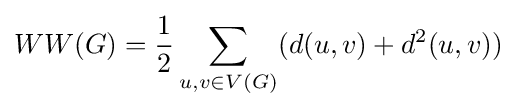
WW(G)={\frac {1}{2}}\sum _{u,v\in V(G)}(d(u,v)+d^{2}(u,v))